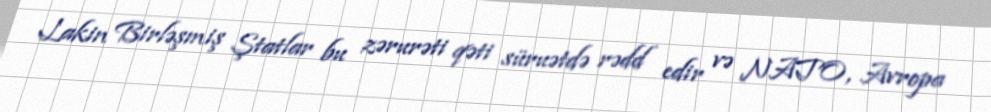
Lakin Birləşmiş Ştatlar bu zərurəti qəti süruətdə rədd edir və NATO, Avropa